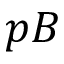
p B